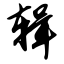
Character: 辑